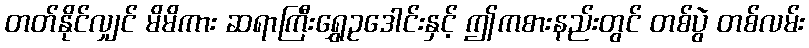
တတ်နိုင်လျှင် မိမိကား ဆရာကြီးရွှေဥဒေါင်းနှင့် ဤကစားနည်းတွင် တစ်ပွဲ တစ်လမ်း